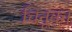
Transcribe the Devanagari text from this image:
चिनूक।